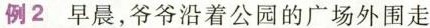
例2 早晨，爷爷沿着公园的广场外围走